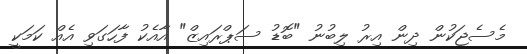
މެސެޖަކުން ދިން އިރު ލިބުނު "ބޮޑު ސަޕްރައިޒް" އާއެކު ފާހަގަވި އެއް ކަމަކީ